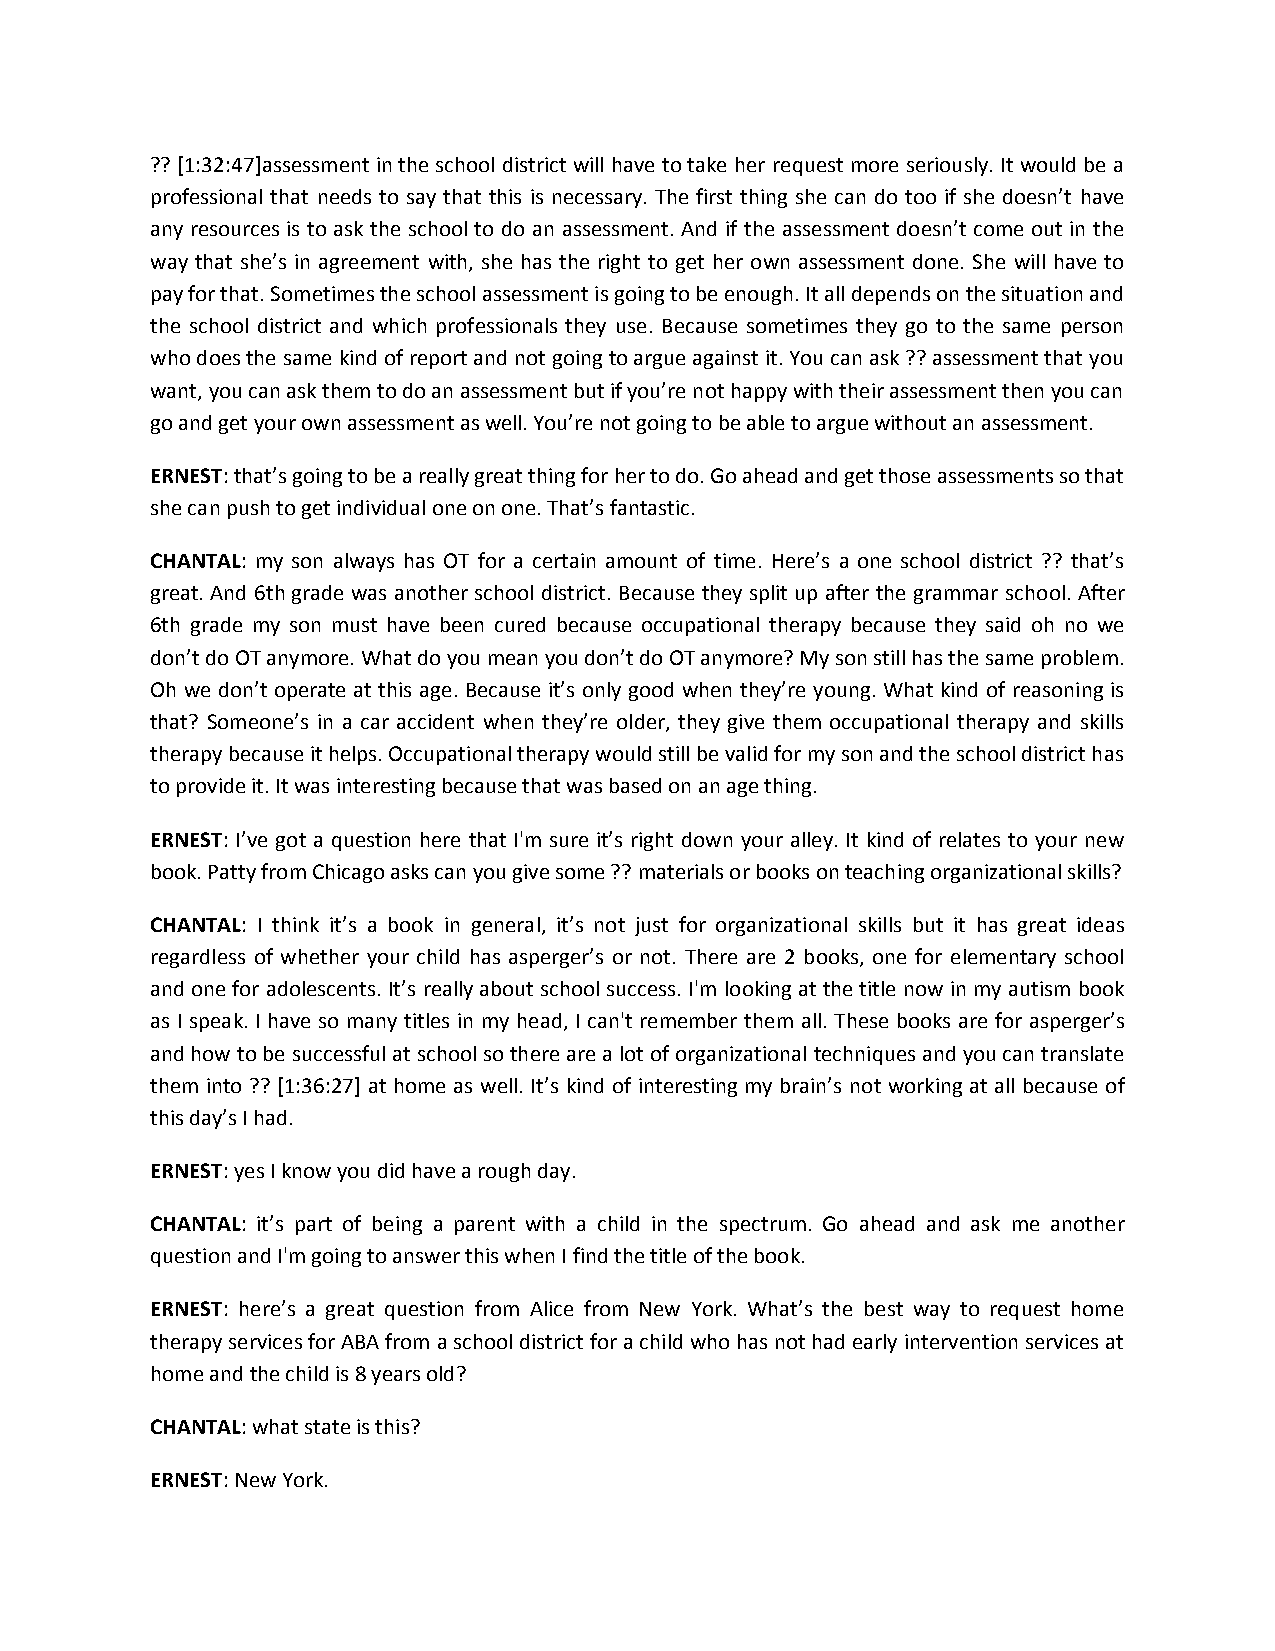
?? [1:32:47]assessment in the school district will have to take her request more seriously. It would be a
 professional that needs to say that this is necessary. The first thing she can do too if she doesn’t have
 any resources is to ask the school to do an assessment. And if the assessment doesn’t come out in the
 way that she’s in agreement with, she has the right to get her own assessment done. She will have to
 pay for that. Sometimes the school assessment is going to be enough. It all depends on the situation and
 the school district and which professionals they use. Because sometimes they go to the same person
 who does the same kind of report and not going to argue against it. You can ask ?? assessment that you
 want, you can ask them to do an assessment but if you’re not happy with their assessment then you can
 go and get your own assessment as well. You’re not going to be able to argue without an assessment.
 ERNEST: that’s going to be a really great thing for her to do. Go ahead and get those assessments so that
 she can push to get individual one on one. That’s fantastic.
 CHANTAL: my son always has OT for a certain amount of time. Here’s a one school district ?? that’s
 great. And 6th grade was another school district. Because they split up after the grammar school. After
 6th grade my son must have been cured because occupational therapy because they said oh no we
 don’t do OT anymore. What do you mean you don’t do OT anymore? My son still has the same problem.
 Oh we don’t operate at this age. Because it’s only good when they’re young. What kind of reasoning is
 that? Someone’s in a car accident when they’re older, they give them occupational therapy and skills
 therapy because it helps. Occupational therapy would still be valid for my son and the school district has
 to provide it. It was interesting because that was based on an age thing.
 ERNEST: I’ve got a question here that I'm sure it’s right down your alley. It kind of relates to your new
 book. Patty from Chicago asks can you give some ?? materials or books on teaching organizational skills?
 CHANTAL: I think it’s a book in general, it’s not just for organizational skills but it has great ideas
 regardless of whether your child has asperger’s or not. There are 2 books, one for elementary school
 and one for adolescents. It’s really about school success. I'm looking at the title now in my autism book
 as I speak. I have so many titles in my head, I can't remember them all. These books are for asperger’s
 and how to be successful at school so there are a lot of organizational techniques and you can translate
 them into ?? [1:36:27] at home as well. It’s kind of interesting my brain’s not working at all because of
 this day’s I had.
 ERNEST: yes I know you did have a rough day.
 CHANTAL: it’s part of being a parent with a child in the spectrum. Go ahead and ask me another
 question and I'm going to answer this when I find the title of the book.
 ERNEST: here’s a great question from Alice from New York. What’s the best way to request home
 therapy services for ABA from a school district for a child who has not had early intervention services at
 home and the child is 8 years old?
 CHANTAL: what state is this?
 ERNEST: New York.